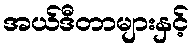
အယ်ဒီတာများနှင့်